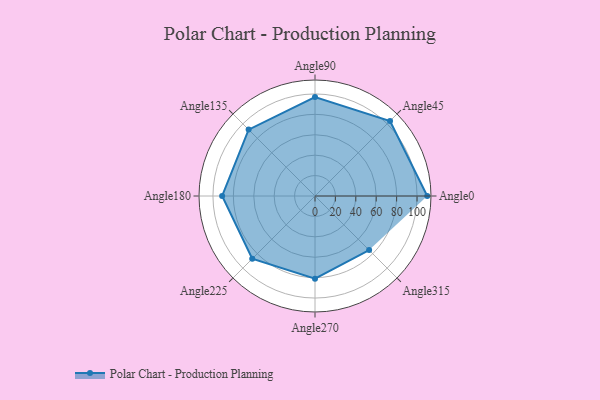
{"axis": {"x": "Angle", "y": "Radius"}, "legend": [""], "data": [{"x": "Angle0", "y": 110.0, "type": ""}, {"x": "Angle45", "y": 104.0, "type": ""}, {"x": "Angle90", "y": 97.0, "type": ""}, {"x": "Angle135", "y": 92.0, "type": ""}, {"x": "Angle180", "y": 91.0, "type": ""}, {"x": "Angle225", "y": 87.0, "type": ""}, {"x": "Angle270", "y": 81.0, "type": ""}, {"x": "Angle315", "y": 75.0, "type": ""}]}